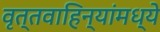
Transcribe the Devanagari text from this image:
वृत्तवाहिन्यांमध्ये